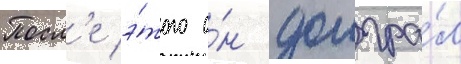
Посл'е э́того о́н доигра́л